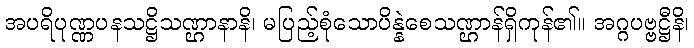
အပရိပုဏ္ဏပနသဋ္ဌိသဏ္ဌာနာနိ၊ မပြည့်စုံသောပိန္နဲစေသဏ္ဌာန်ရှိကုန်၏။ အဂ္ဂပဗ္ဗဋ္ဌီနိ၊